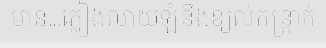
មាន...ភ្លៀងលាយឡំនឹងខ្យល់កន្ត្រាក់